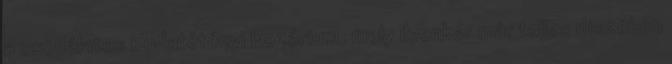
a csodálatos Budatétényi Rozárium, mely ilyenkor már teljes díszében